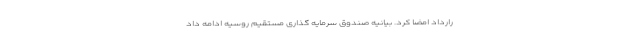
رارداد امضا کرد. بیانیه صندوق سرمایه گذاری مستقیم روسیه ادامه داد